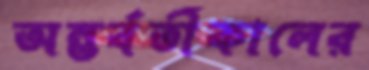
অন্তর্বর্তীকালের